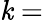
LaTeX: \mathit{k}=